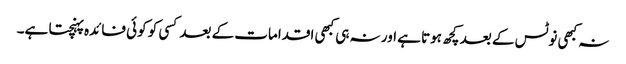
نہ کبھی نوٹس کے بعد کچھ ہوتا ہے اور نہ ہی کبھی اقدامات کے بعد کسی کو کوئی فائدہ پہنچتا ہے۔